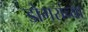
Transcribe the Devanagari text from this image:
डोगरांच्या